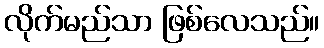
လိုက်မည်သာ ဖြစ်လေသည်။